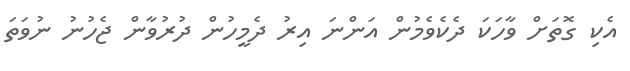
އެކި ގޮތަށް ވާހަކަ ދެކެވެމުން އަންނަ އިރު ދެމީހުން ދުރުވާން ޖެހުނު ނުވަތަ